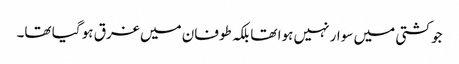
جو کشتی میں سوار نہیں ہوا تھا بلکہ طوفان میں غرق ہو گیا تھا۔